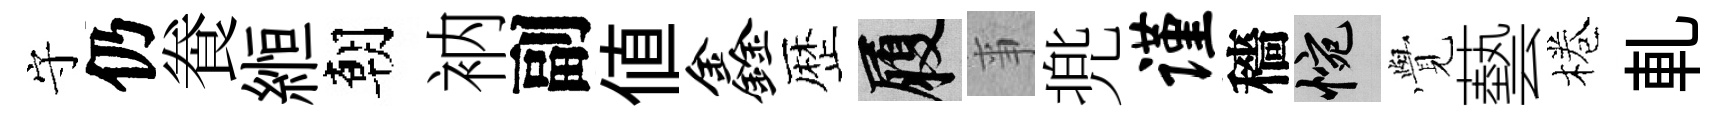
守仍飬縆朝衲副值鑫歴履亊兠谨穡惋𮗜藝棬軋